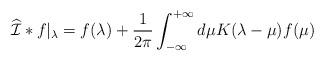
LaTeX: \begin{align*}\widehat{\cal I} * f \vert_\lambda = f(\lambda) + {1\over2\pi} \int_{-\infty}^{+\infty} d\mu K(\lambda-\mu) f(\mu)\end{align*}